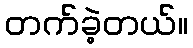
တက်ခဲ့တယ်။